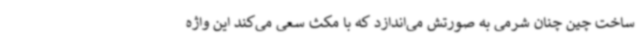
ساخت چین چنان شرمی به صورتش می‌اندازد که با مکث سعی می‌کند این واژه